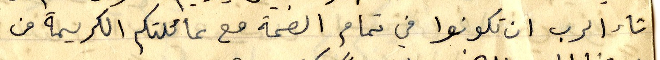
شاء الرب ان تكونوا في تمام الصحة مع عائلتكم الكريمة من